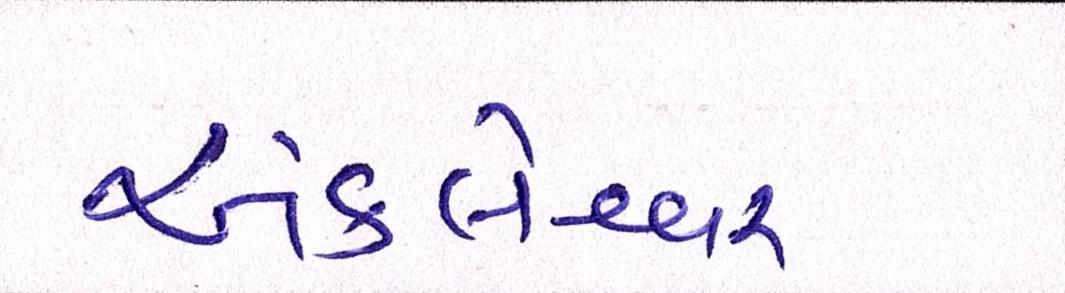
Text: અંકલેશ્વર